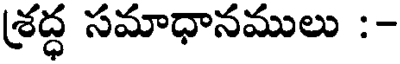
శ్రద్ధ సమాధానములు :-